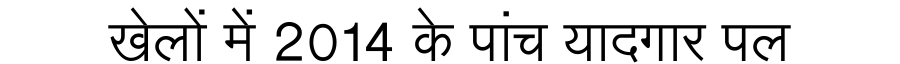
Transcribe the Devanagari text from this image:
खेलों में 2014 के पांच यादगार पल